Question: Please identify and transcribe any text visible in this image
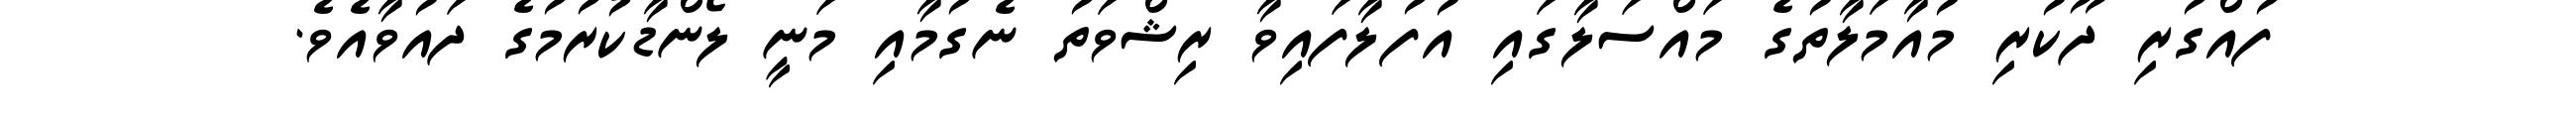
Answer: ފުއްގުރި ދޫކުރި މުއާމަލާތުގެ މައްސަލާގައި އުފުލާފައިވާ ރިޝްވަތު ނެގުމާއި މަނީ ލޯންޑާކުރުމުގެ ދައުވާއެވެ.